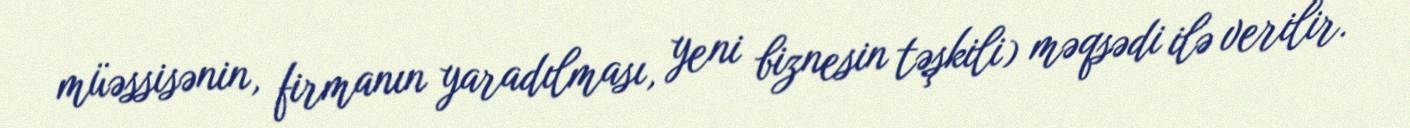
müəssisənin, firmanın yaradılması, yeni biznesin təşkili) məqsədi ilə verilir.